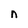
Character: n